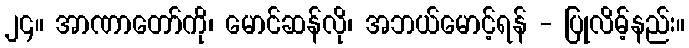
၂၄။ အာဏာတော်ကို၊ မောင်ဆန်လို၊ အဘယ်မောင့်ရန် - ပြုလိမ့်နည်း။